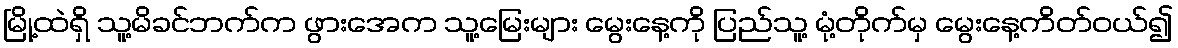
မြို့ထဲရှိ သူ့မိခင်ဘက်က ဖွားအေက သူ့မြေးများ မွေးနေ့ကို ပြည်သူ့ မုံ့တိုက်မှ မွေးနေ့ကိတ်ဝယ်၍